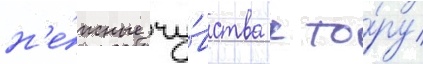
н'е́жные чу́вства к то́ру